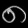
Digit: ၈